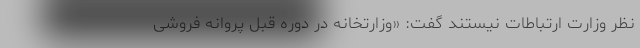
نظر وزارت ارتباطات نیستند گفت: «وزارتخانه در دوره قبل پروانه فروشی